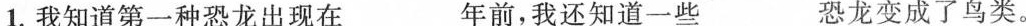
1.我知道第一种恐龙出现在___年前，我还知道一些___恐龙变成了鸟类。